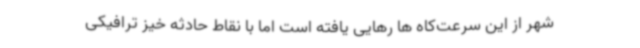
شهر از این سرعت‌کاه ها رهایی یافته است اما با نقاط حادثه خیز ترافیکی